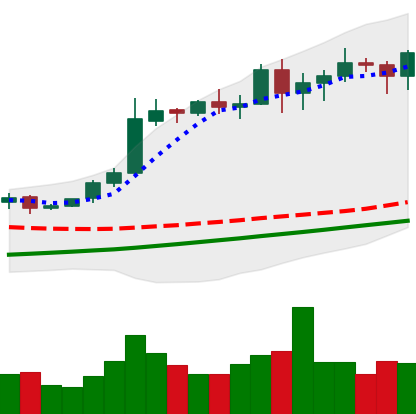
Ticker: BTC-USD
Chart end date: 2020-11-03
Forward return: 10.962%
Label: up_7plus